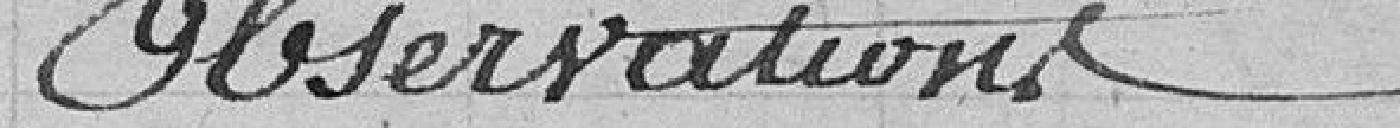
Observations